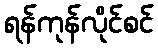
ရန်ကုန်လိုင်စင်